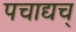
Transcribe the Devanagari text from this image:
पचाद्यच्